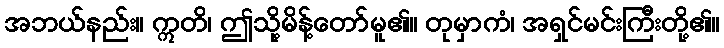
အဘယ်နည်း။ ဣတိ၊ ဤသို့မိန့်တော်မူ၏။ တုမှာကံ၊ အရှင်မင်းကြီးတို့၏။